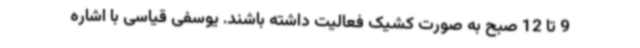
9 تا 12 صبح به صورت کشیک فعالیت داشته باشند. یوسفی قیاسی با اشاره